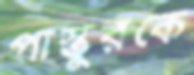
পাস্তুরকে